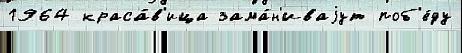
1964 краса́в'ица зама́н'иваjут поб'е́ду